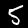
Digit: 5